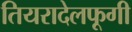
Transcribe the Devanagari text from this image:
तियरादेलफूगी